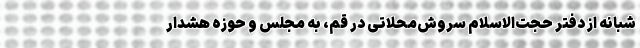
شبانه از دفتر حجت‌الاسلام سروش‌محلاتی در قم، به مجلس و حوزه هشدار